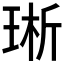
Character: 𪻩